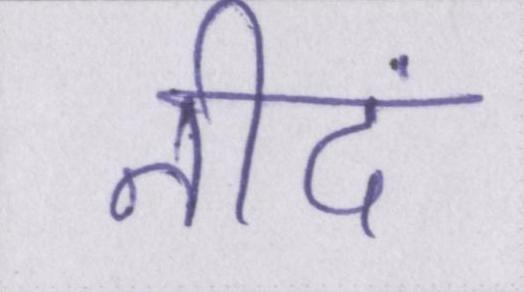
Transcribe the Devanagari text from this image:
नीदं